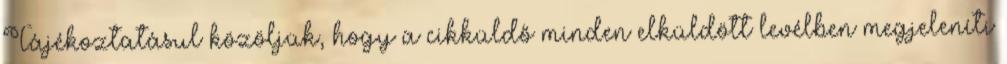
Tájékoztatásul közöljük, hogy a cikküldő minden elküldött levélben megjeleníti